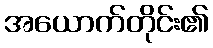
အယောက်တိုင်း၏